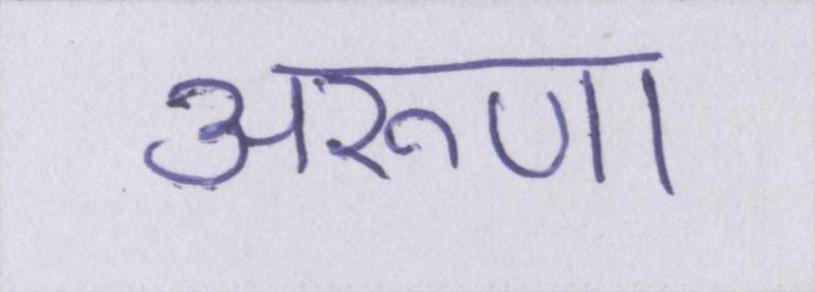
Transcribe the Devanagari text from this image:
अरूणा